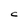
Character: C